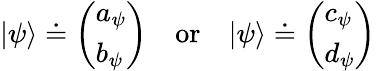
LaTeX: |\psi\rangle\doteq{\left(\begin{array}{l}{a_{\psi}}\\ {b_{\psi}}\end{array}\right)}\quad{\mathrm{or}}\quad|\psi\rangle\doteq{\left(\begin{array}{l}{c_{\psi}}\\ {d_{\psi}}\end{array}\right)}